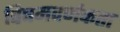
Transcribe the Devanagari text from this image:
विषमवर्णकता